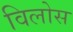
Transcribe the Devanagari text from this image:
विलोस